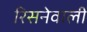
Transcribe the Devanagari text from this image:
रिसनेवाली